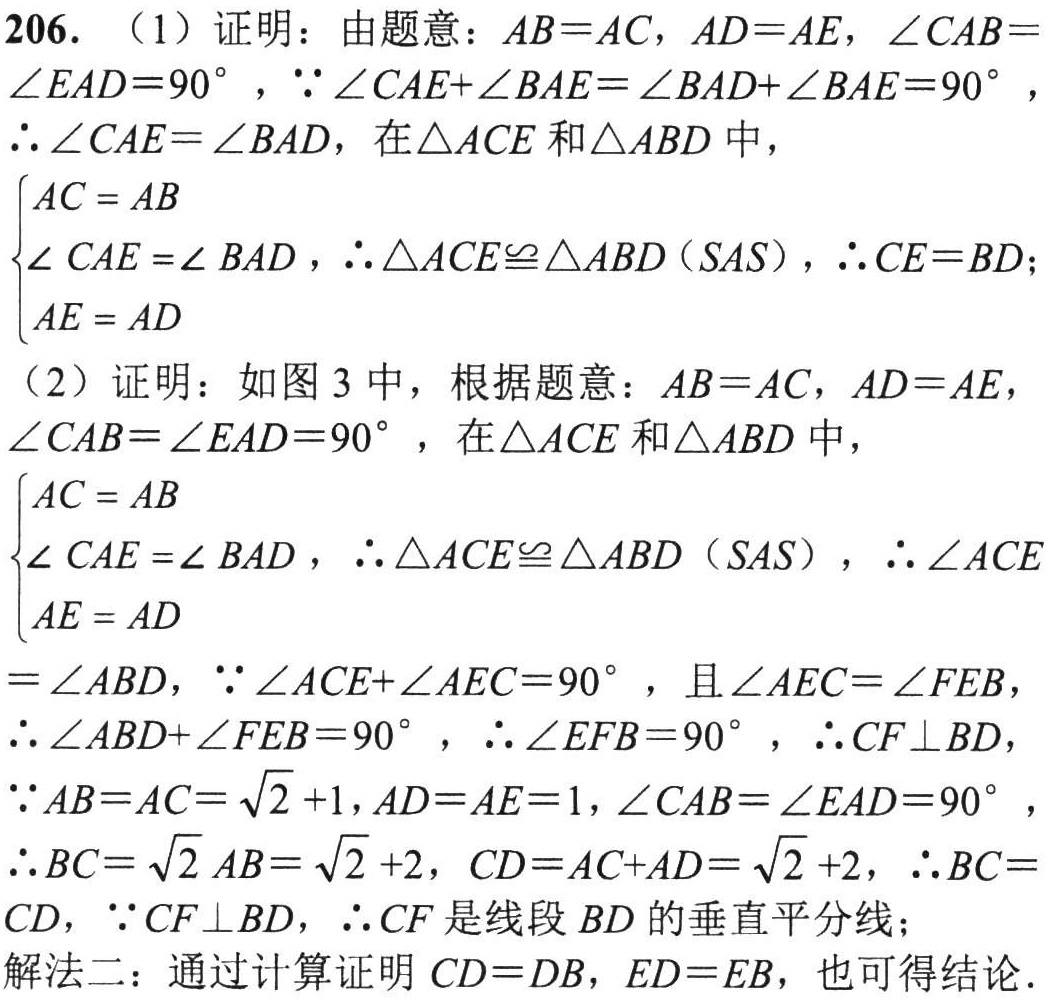
206. （1）证明：由题意：\(AB = AC\)，\(AD = AE\)，\(\angle CAB=\angle EAD = 90^{\circ}\)，\(\because\angle CAE+\angle BAE=\angle BAD+\angle BAE = 90^{\circ}\)，\(\therefore\angle CAE=\angle BAD\)，在\(\triangle ACE\)和\(\triangle ABD\)中，

\(\begin{cases}

AC = AB\\

\angle CAE = \angle BAD\\

AE = AD

\end{cases}\)，\(\therefore\triangle ACE\cong\triangle ABD(SAS)\)，\(\therefore CE = BD\)；

（2）证明：如图3中，根据题意：\(AB = AC\)，\(AD = AE\)，\(\angle CAB=\angle EAD = 90^{\circ}\)，在\(\triangle ACE\)和\(\triangle ABD\)中，

\(\begin{cases}

AC = AB\\

\angle CAE = \angle BAD\\

AE = AD

\end{cases}\)，\(\therefore\triangle ACE\cong\triangle ABD(SAS)\)，\(\therefore\angle ACE\)

\(=\angle ABD\)，\(\because\angle ACE+\angle AEC = 90^{\circ}\)，且\(\angle AEC=\angle FEB\)，

\(\therefore\angle ABD+\angle FEB = 90^{\circ}\)，\(\therefore\angle EFB = 90^{\circ}\)，\(\therefore CF\perp BD\)，

\(\because AB = AC=\sqrt{2}+1\)，\(AD = AE = 1\)，\(\angle CAB=\angle EAD = 90^{\circ}\)，

\(\therefore BC=\sqrt{2}AB=\sqrt{2}+2\)，\(CD = AC + AD=\sqrt{2}+2\)，\(\therefore BC = CD\)，\(\because CF\perp BD\)，\(\therefore CF\)是线段\(BD\)的垂直平分线；

解法二：通过计算证明\(CD = DB\)，\(ED = EB\)，也可得结论.